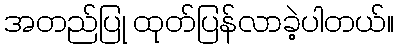
အတည်ပြု ထုတ်ပြန်လာခဲ့ပါတယ်။